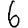
Digit: 6